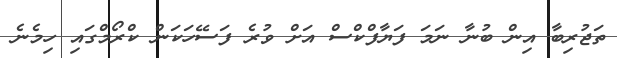
ތަޖުރިބާ އިން ބުނާ ނަމަ ފަޔާފްކްސް އަށް ވުރެ ފަސޭހަކަން ކްރޯމްގައި ހިމެނެ